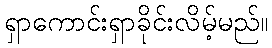
ရှာကောင်းရှာခိုင်းလိမ့်မည်။